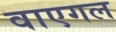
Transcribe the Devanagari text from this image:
वाएगल